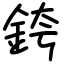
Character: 銙